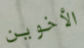
الأخوين